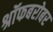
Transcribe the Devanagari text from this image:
श्रॉफबरोबर